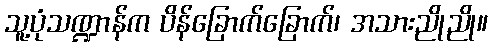
သူ့ပုံသဏ္ဍာန်က ပိန်ခြောက်ခြောက်၊ အသားညိုညို။